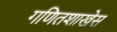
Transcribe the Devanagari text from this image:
गणितशाखेस